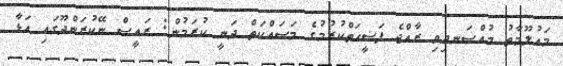
މައުލޫމާތު މުއްސަނދިވި ރާއްޖެ ފަޟީހަތްކުރުމުގެ މަސައްކަތް ދަނީ ކުރަމުން: ރައީސް ނޭކުރަންދޫގައި އަޅާ